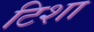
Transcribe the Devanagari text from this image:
टिशा